Source: Computer-generated
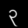
Digit: ၃ (3)